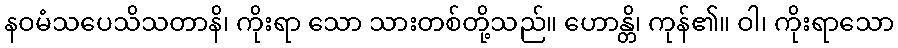
နဝမံသပေသိသတာနိ၊ ကိုးရာ သော သားတစ်တို့သည်။ ဟောန္တိ၊ ကုန်၏။ ဝါ၊ ကိုးရာသော